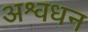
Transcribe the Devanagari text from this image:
अश्वधन